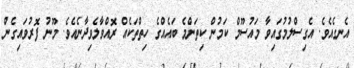
އެނގެއެވެެ. އެގިސްލުމުގައިވާ މައުސޫމް ކަމުން ކިތަންމެ ބައެއްގެ ހިތްތަކެއް ރޮއްވާލެވިދާނެއެވެ. މޫނު ފޮރުވައިގެން